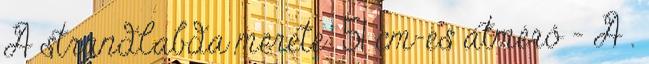
A strandlabda mérete: 51 cm-es átmérő - A .